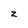
Character: z